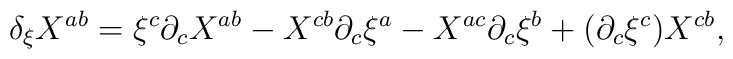
\delta_\xi  X^{a b} = \xi^c \partial_c X^{a b} - X^{c b}\partial_c \xi^a - X^{a c}\partial_c \xi^b + (\partial_c \xi^c) X^{c b},